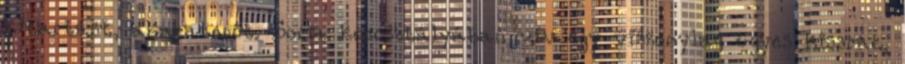
kitartást, akaraterőt. Soma korosztályában vív egy viszonylag ügyes kissrác,